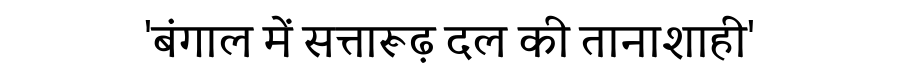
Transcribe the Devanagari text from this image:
'बंगाल में सत्तारूढ़ दल की तानाशाही'